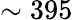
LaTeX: \sim 395